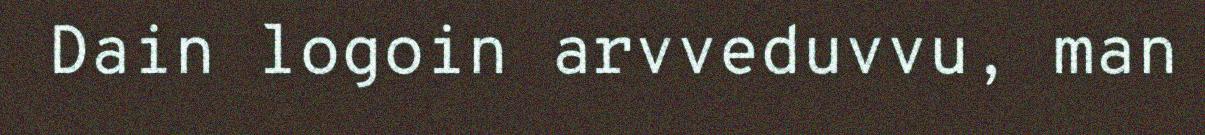
Dain logoin arvveduvvu, man